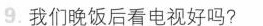
9.我们晚饭后看电视好吗?